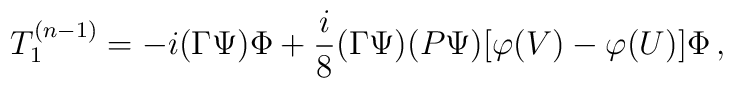
T_1^{(n-1)}=-i(\Gamma\Psi)\Phi+\frac{i}{8}(\Gamma\Psi)(P\Psi)[\varphi(V)-\varphi(U)]\Phi\,,